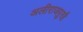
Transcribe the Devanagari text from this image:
अलीराजपुरहै